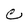
Character: C